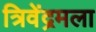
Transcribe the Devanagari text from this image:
त्रिवेंद्रमला